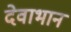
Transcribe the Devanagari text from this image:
देवाभान